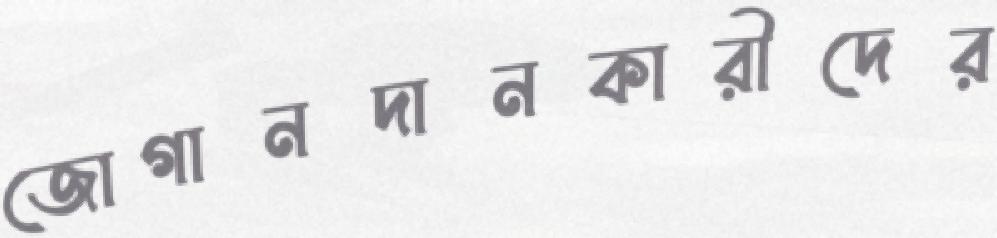
জোগানদানকারীদের